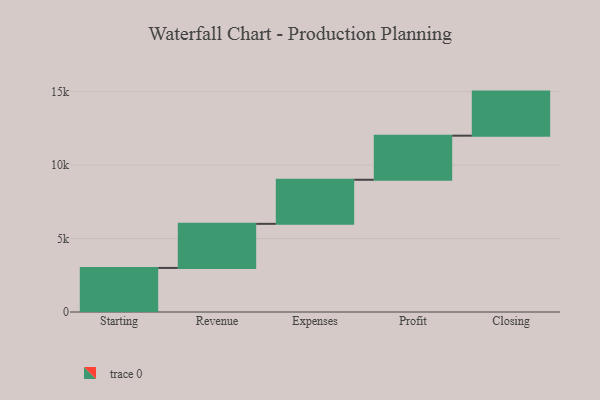
{"axis": {"x": "Step", "y": "Value"}, "legend": [""], "data": [{"x": "Starting", "y": 3000, "type": ""}, {"x": "Revenue", "y": 3000, "type": ""}, {"x": "Expenses", "y": 3000, "type": ""}, {"x": "Profit", "y": 3000, "type": ""}, {"x": "Closing", "y": 3000, "type": ""}]}